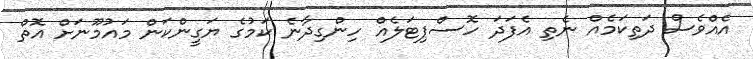
އެއްވެސް ދަތިކަމެއް ނެތި އެފަދަ ހޮސްޕިޓަލެއް ހިންގިދާނެ ކަމުގެ ޔަގީންކަން މައުމޫނަށް އޮތް